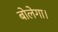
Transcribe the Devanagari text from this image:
बोलेगा।